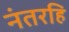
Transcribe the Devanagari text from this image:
नंतरहि